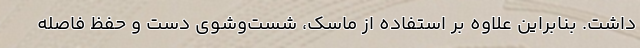
داشت. بنابراین علاوه بر استفاده از ماسک، شست‌وشوی دست و حفظ فاصله